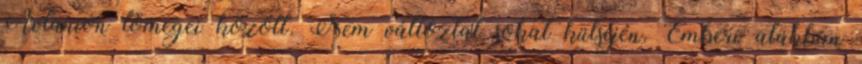
Avlanion tömegei között. Nem változtat sokat külsején. Emberi alakban